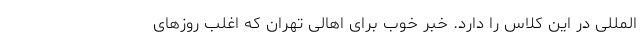
‌المللی در اين كلاس را دارد. خبر خوب برای اهالی تهران که اغلب روزهای